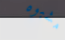
مشبوه